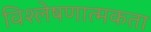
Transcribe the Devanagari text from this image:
विश्लेषणात्मकता